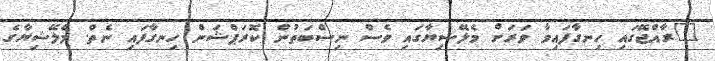
"ރާއްޖޭގައި ހިނގާފައިވާ ވަރަށް މެލޭޝިޔާގައި ވެސް ނިސްބަތުން ކޮރަޕްޝަން ހިނގާފައި ނެތް. މެލޭޝިޔާގެ